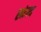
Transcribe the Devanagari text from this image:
स्कंन्द